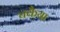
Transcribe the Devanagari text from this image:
चकैया